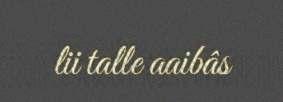
lii talle aaibâs